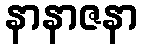
နာနာဇနာ